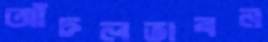
আঁচলভাবন